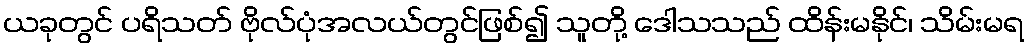
ယခုတွင် ပရိသတ် ဗိုလ်ပုံအလယ်တွင်ဖြစ်၍ သူတို့ ဒေါသသည် ထိန်းမနိုင်၊ သိမ်းမရ